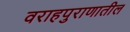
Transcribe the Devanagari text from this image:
वराहपुराणातील